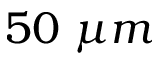
5 0 ~ \mu m